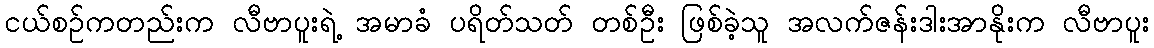
ငယ်စဉ်ကတည်းက လီဗာပူးရဲ့ အမာခံ ပရိတ်သတ် တစ်ဦး ဖြစ်ခဲ့သူ အလက်ဇန်းဒါးအာနိုးက လီဗာပူး